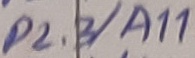
Text: P2.3/A11